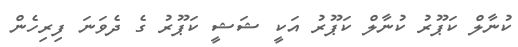
ކުނާލް ކަޕޫރު ކުނާލް ކަޕޫރު އަކީ ޝަޝީ ކަޕޫރު ގެ ދެވަނަ ފިރިހެން